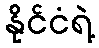
နိုင်ငံရဲ့